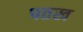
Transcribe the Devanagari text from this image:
पतख